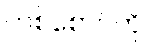
တစ်စောင်ကို